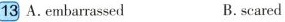
13 A. embarrassed B.scared